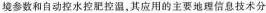
境参数和自动控水控肥控温，其应用的主要地理信息技术分